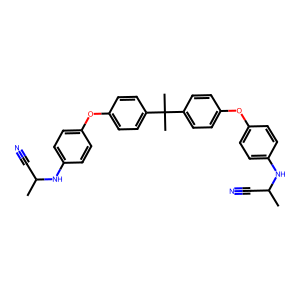
SMILES: CC(C#N)Nc1ccc(Oc2ccc(C(C)(C)c3ccc(Oc4ccc(NC(C)C#N)cc4)cc3)cc2)cc1
Inhibits HIV replication: No